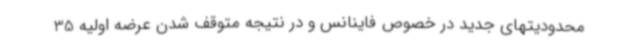
محدودیتهای جدید در خصوص فاینانس و در نتیجه متوقف شدن عرضه اولیه 35